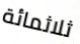
ثلاثمائة